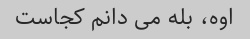
اوه، بله می دانم کجاست